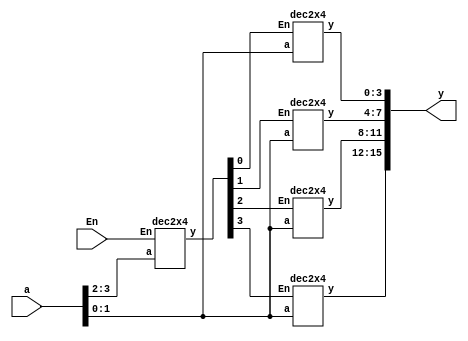
`timescale 1ns / 1ps
//////////////////////////////////////////////////////////////////////////////////
// Company: 
// Engineer: 
// 
// Design Name: 
// Module Name: Decoder_4x16_2x4
// Project Name: 
// Target Devices: 
// Tool Versions: 
// Description: 
// 
// Dependencies: 
// 
// Revision:
// Revision 0.01 - File Created
// Additional Comments:
// 
//////////////////////////////////////////////////////////////////////////////////


module Decoder4x16(y,a,En);
output[15:0]y;
input[3:0]a;
input En;

wire [3:0]w;

dec2x4 dec1(w,a[3:2],En);
dec2x4 dec2(y[3:0],a[1:0],w[0]);
dec2x4 dec3(y[7:4],a[1:0],w[1]);
dec2x4 dec4(y[11:8],a[1:0],w[2]);
dec2x4 dec5(y[15:12],a[1:0],w[3]);

endmodule

module dec2x4(y,a,En);
output reg [3:0]y;
input[1:0]a;
input En;

always@(a,En)
       begin
               if (En==1)
               begin
                     y=4'b0000;
                     y[a]=1;
               end
               else
                     y=4'b0000;     
                     
  end 
endmodule